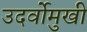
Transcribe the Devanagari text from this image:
उदर्वोमुखी